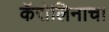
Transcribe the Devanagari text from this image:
कॅरोलिनाचा